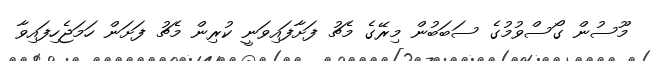
މޫސުން ގޯސްވުމުގެ ސަބަބުން މިރޭގެ މެޗު ފަށާފައިވަނީ ކުރިން މެޗު ފަށަން ހަމަޖެހިފައިވާ